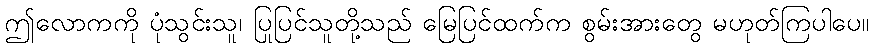
ဤလောကကို ပုံသွင်းသူ၊ ပြုပြင်သူတို့သည် မြေပြင်ထက်က စွမ်းအားတွေ မဟုတ်ကြပါပေ။